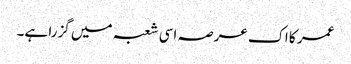
عمر کا اک عرصہ اسی شعبہ میں گزرا ہے۔